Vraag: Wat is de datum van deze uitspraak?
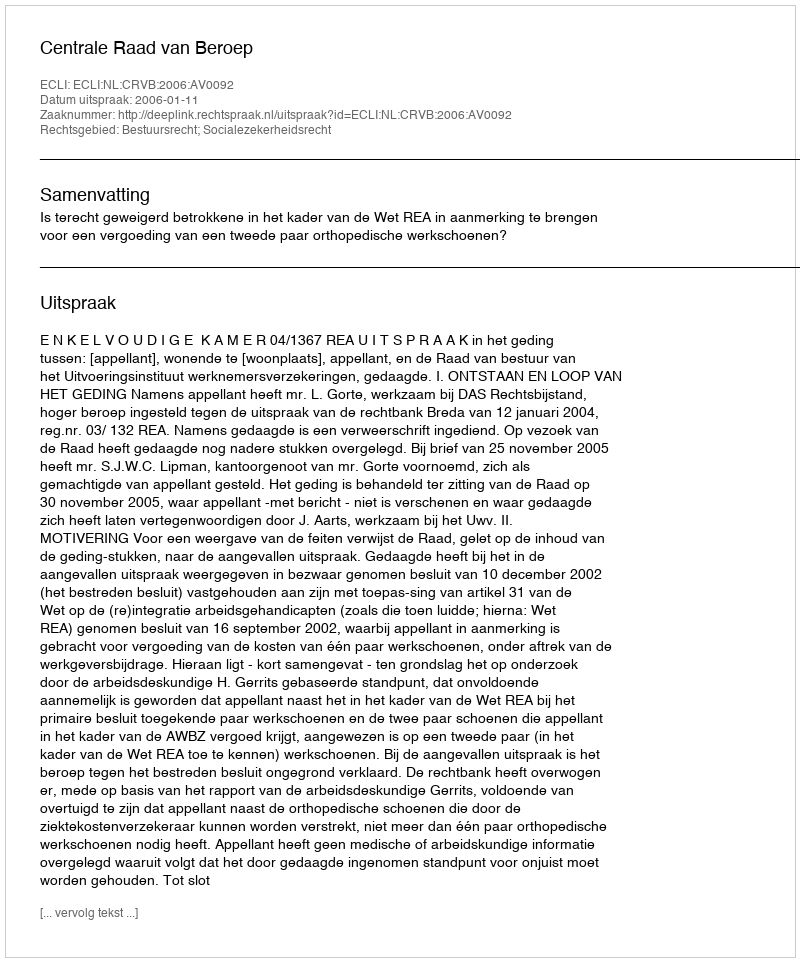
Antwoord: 2006-01-11